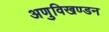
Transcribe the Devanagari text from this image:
अणुविखण्डन